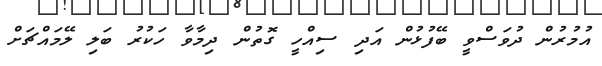
އުމުރުން ދުވަސްވީ ބޭފުޅުން އަދި ސިއްހީ ގޮތުން ދިމާވާ ހަކުރު ބަލި ލޭމައްޗަށް